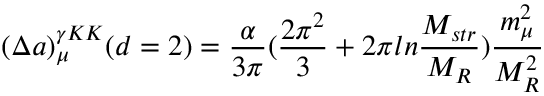
( \Delta a ) _ { \mu } ^ { \gamma K K } ( d = 2 ) = \frac { \alpha } { 3 \pi } ( \frac { 2 \pi ^ { 2 } } { 3 } + 2 \pi l n \frac { M _ { s t r } } { M _ { R } } ) \frac { m _ { \mu } ^ { 2 } } { M _ { R } ^ { 2 } }